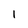
Character: 1